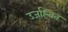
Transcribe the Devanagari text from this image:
उर्जान्वित